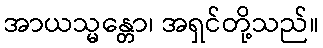
အာယသ္မန္တော၊ အရှင်တို့သည်။